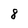
Character: 8